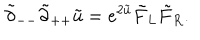
LaTeX: \tilde { \partial } _ { -- } \tilde { \partial } _ { + + } \tilde { u } = e ^ { 2 \tilde { u } } \tilde { F } _ { L } \tilde { F } _ { R } .